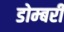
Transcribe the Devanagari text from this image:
डोम्‍बरी